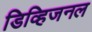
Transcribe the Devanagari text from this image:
डिव्हिजनल